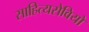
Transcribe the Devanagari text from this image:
साहित्यसेवियों